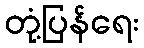
တုံ့ပြန်ရေး